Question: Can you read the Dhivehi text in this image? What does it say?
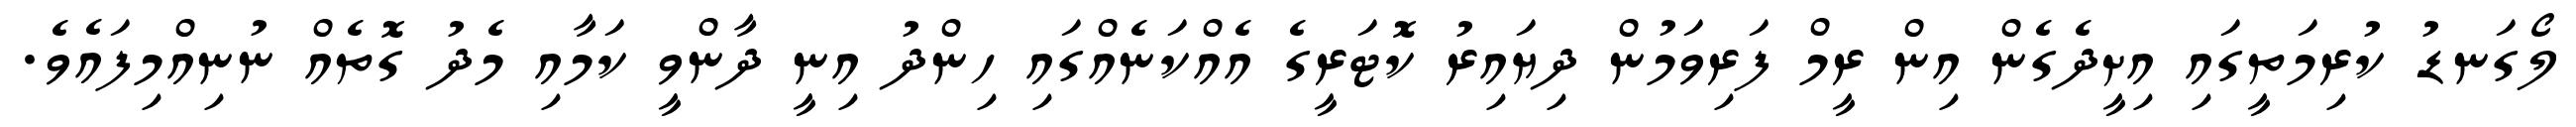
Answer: ލޯގަނޑު ކުރިމަތީގައި އިށީދެގެން އިން ރީމް ފަރިވަމުން ދިޔައިރު ކޮޓަރީގެ އެއްކަނެއްގައި ހިންދު އިނީ ދާންވީ ކަމާއި މެދު ގޮތެއް ނުނިއްމިފައެވެ.